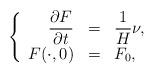
LaTeX: \begin{align*}\left\{\begin{array}{rcl}\displaystyle{\frac{\partial F}{\partial t}} & = & \displaystyle{\frac 1H \nu,}\\F(\cdot,0) & = & F_0,\end{array}\right.\end{align*}